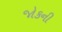
જોકની